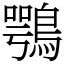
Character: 鶚